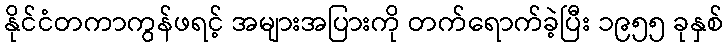
နိုင်ငံတကာကွန်ဖရင့် အများအပြားကို တက်ရောက်ခဲ့ပြီး ၁၉၅၅ ခုနှစ်